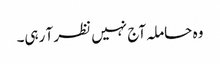
وہ حاملہ آج نہیں نظر آ رہی۔